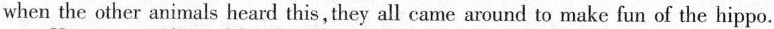
when the other animals heard this, they all came around to make fun of the hippo.